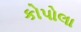
કોપોલા